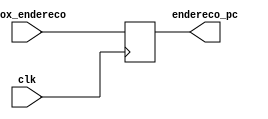
module pc(clk,endereco_pc,prox_endereco);
	input clk;
	input [31:0] prox_endereco;
	output reg [31:0] endereco_pc;


	initial begin
		endereco_pc = 32'b00000000000000000000000000000100; /// endereo inicial  0
	end
	always@(posedge clk ) begin
		endereco_pc = prox_endereco; ///recebe o endereo feito pelo clculo
	end
endmodule